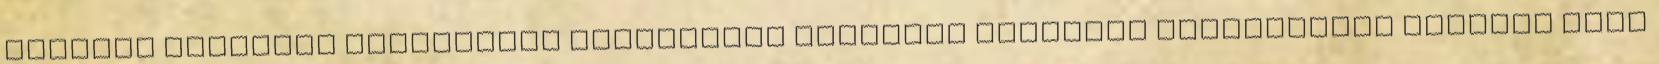
MŰANYAG HULLADÉK HASZNOSÍTÓ BERENDEZÉS Megújuló energiák fejlesztési irányai Büki